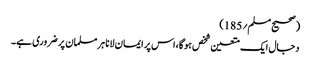
(صحیح مسلم؍185)
دجال ایک متعین شخص ہوگا،اس پر ایمان لانا ہر مسلمان پر ضروری ہے۔